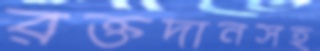
রক্তদানসহ